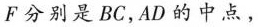
F 分别是BC，AD的中点，